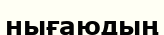
нығаюдың